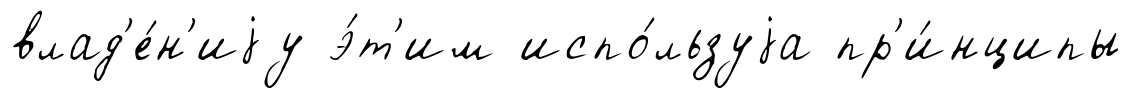
влад'е́н'иjу э́т'им испо́льзуjа пр'и́нципы